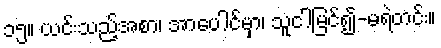
၁၅။ ယင်းသည့်အစာ၊ အာပေါင်မှာ၊ သူငါမြင်၍-မရဲတင်း။